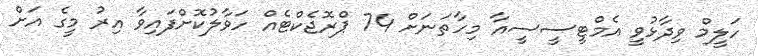
ހަލީމް ވިދާޅުވީ އެމްޓީސީސީއާ މިހާތަނަށް 74 ޕްރޮޖެކްޓެއް ހަވާލުކޮށްފައިވާ އިރު މީގެ އަށް